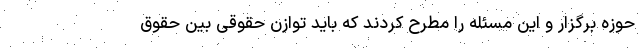
حوزه برگزار و این مسئله را مطرح کردند که باید توازن حقوقی بین حقوق